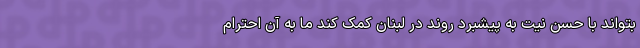
بتواند با حسن نیت به پیشبرد روند در لبنان کمک کند ما به آن احترام